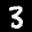
Label: 3